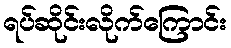
ရပ်ဆိုင်းလိုက်ကြောင်း